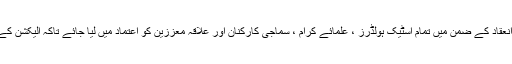
انہوں نے کہا کہ پر امن، شفاف اور غیر جانبدارانہ بلدیاتی انتخابات کے انعقاد کے ضمن میں تمام اسٹیک ہولڈرز ، علمائے کرام ، سماجی کارکنان اور علاقہ معززین کو اعتماد میں لیا جائے تاکہ الیکشن کے بعد کی صورتحال میں بھی امن و امان کے قیام کو یقینی بنایا جاسکے ۔